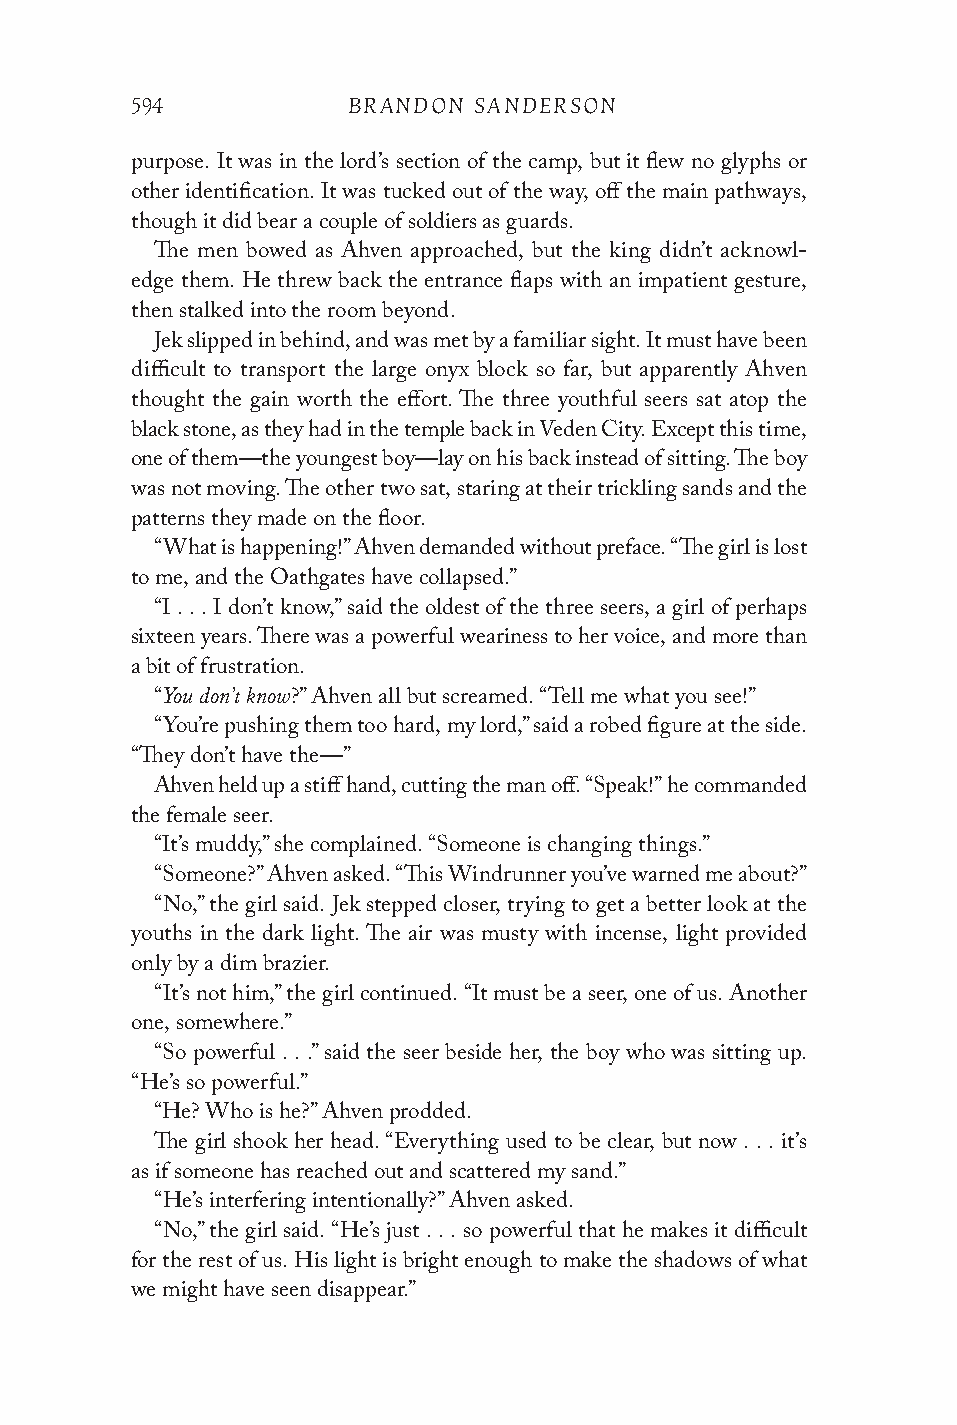
594           BRANDON SANDERSON
 purpose. It was in the lord’s section of the camp, but it flew no glyphs or
 other identification. It was tucked out of the way, off the main pathways,
 though it did bear a couple of soldiers as guards.
 The men bowed as Ahven approached, but the king didn’t acknowl-
 edge them. He threw back the entrance flaps with an impatient gesture,
 then stalked into the room beyond.
 Jek slipped in behind, and was met by a familiar sight. It must have been
 difficult to transport the large onyx block so far, but apparently Ahven
 thought the gain worth the effort. The three youthful seers sat atop the
 black stone, as they had in the temple back in Veden City. Except this time,
 one of them—the youngest boy—lay on his back instead of sitting. The boy
 was not moving. The other two sat, staring at their trickling sands and the
 patterns they made on the floor.
 “What is happening!” Ahven demanded without preface. “The girl is lost
 to me, and the Oathgates have collapsed.”
 “I . . . I don’t know,” said the oldest of the three seers, a girl of perhaps
 sixteen years. There was a powerful weariness to her voice, and more than
 a bit of frustration.
 You don’t know
 “        ?” Ahven all but screamed. “Tell me what you see!”
 “You’re pushing them too hard, my lord,” said a robed figure at the side.
 “They don’t have the—”
 Ahven held up a stiff hand, cutting the man off. “Speak!” he commanded
 the female seer.
 “It’s muddy,” she complained. “Someone is changing things.”
 “Someone?” Ahven asked. “This Windrunner you’ve warned me about?”
 “No,” the girl said. Jek stepped closer, trying to get a better look at the
 youths in the dark light. The air was musty with incense, light provided
 only by a dim brazier.
 “It’s not him,” the girl continued. “It must be a seer, one of us. Another
 one, somewhere.”
 “So powerful . . .” said the seer beside her, the boy who was sitting up.
 “He’s so powerful.”
 “He? Who is he?” Ahven prodded.
 The girl shook her head. “Everything used to be clear, but now . . . it’s
 as if someone has reached out and scattered my sand.”
 “He’s interfering intentionally?” Ahven asked.
 “No,” the girl said. “He’s just . . . so powerful that he makes it difficult
 for the rest of us. His light is bright enough to make the shadows of what
 we might have seen disappear.”